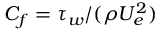
C _ { f } = \tau _ { w } / ( \rho U _ { e } ^ { 2 } )